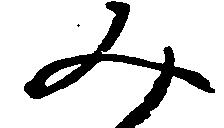
み